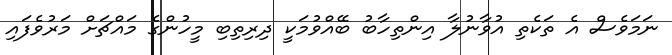
ނަމަވެސް އެ ތަކެތި އުވާނުލާ އިންތިހާބު ބޭއްވުމަކީ ދިރިތިބި މީހުންގެ މައްޗަށް މަރުވެފައި